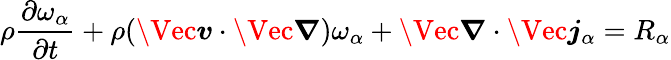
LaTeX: \rho\frac{\partial\omega_{\alpha}}{\partial t}+\rho(\Vec{\boldsymbol{v}}\cdot\Vec{\boldsymbol{\nabla}})\omega_{\alpha}+\Vec{\boldsymbol{\nabla}}\cdot\Vec{\boldsymbol{j}}_{\alpha}=R_{\alpha}